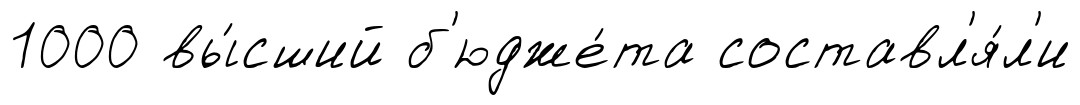
1000 вы́сший б'юдже́та составл'я́л'и